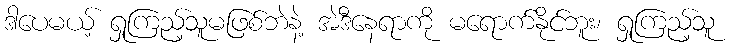
ဒါပေမယ့် ရှုကြည့်သူမဖြစ်ဘဲနဲ့ အဲဒီနေရာကို မရောက်နိုင်ဘူး၊ ရှုကြည့်သူ